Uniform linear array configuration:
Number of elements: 24
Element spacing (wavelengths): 1
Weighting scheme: exponential
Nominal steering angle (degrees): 30
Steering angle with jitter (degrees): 30.77
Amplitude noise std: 0.05
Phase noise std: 0.05

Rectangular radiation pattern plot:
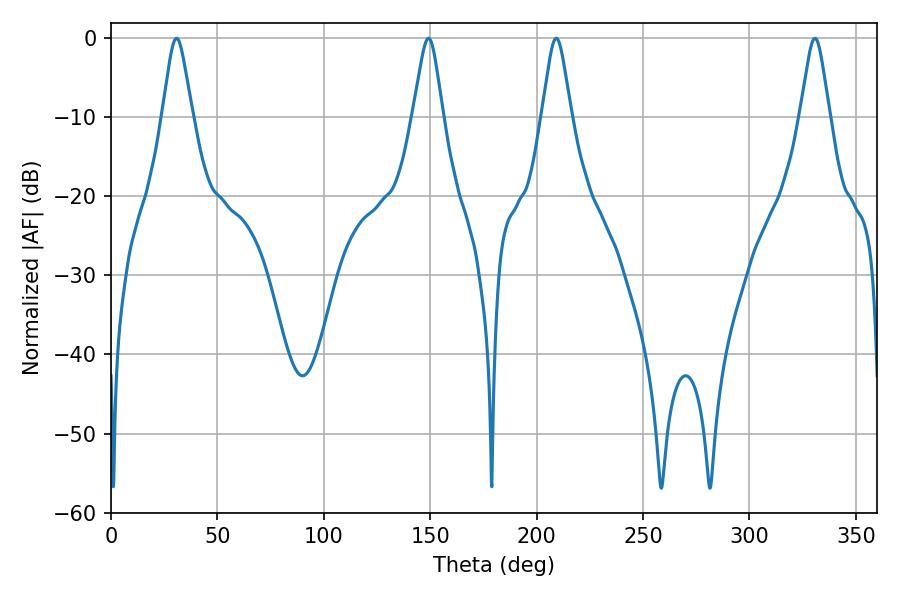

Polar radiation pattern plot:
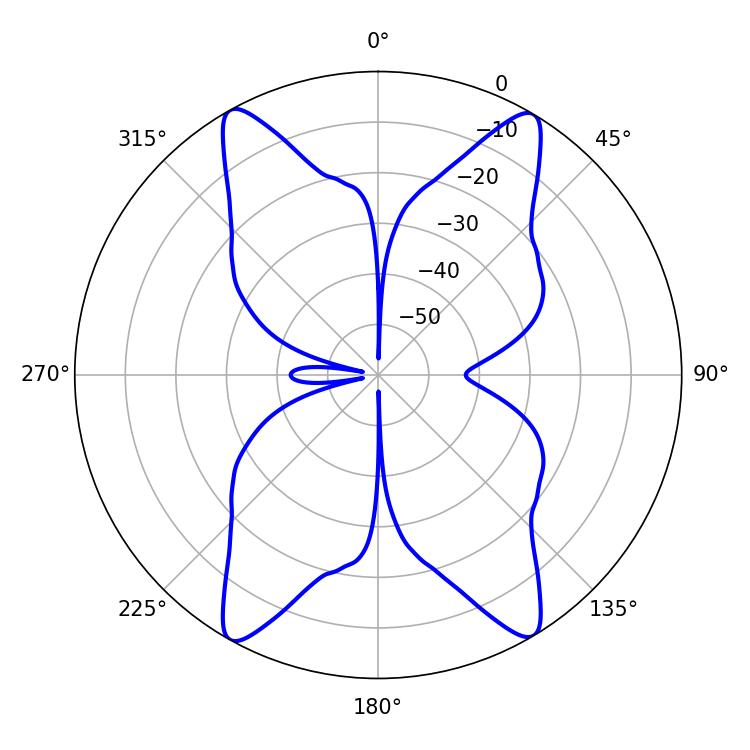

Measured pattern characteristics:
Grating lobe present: TRUE
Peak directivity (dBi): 22.185
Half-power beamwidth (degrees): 6.66
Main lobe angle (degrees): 30.78